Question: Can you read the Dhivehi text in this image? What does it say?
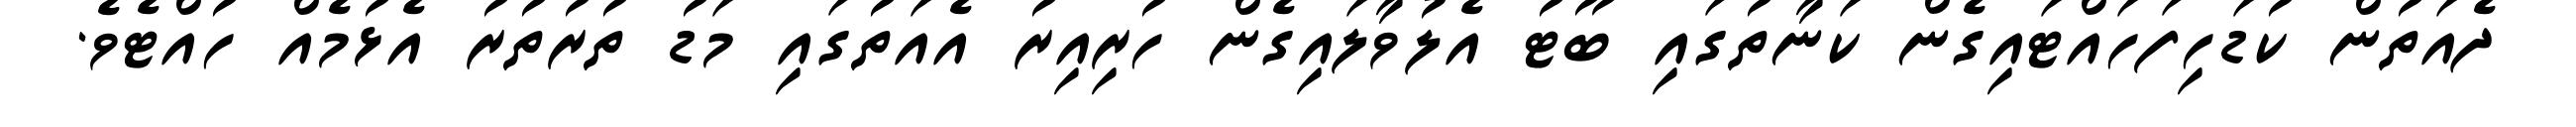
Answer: ދެއަތުން ކުޑަހިފަހައްޓައިގެން ކަނާތުގައި ބޫޓު އެލުވާލައިގެން ހުރިއިރު އެއަތުގައި މަޑު ތުރުތުރު އެޅުމެއް ހުއްޓެވެ.